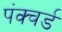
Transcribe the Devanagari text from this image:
पंक्चर्ड